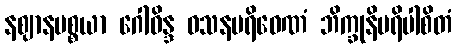
နဈာနပစ္စယာ ဂေါဝိန္ဒ ဝသနပရိဝေဏံ ဘိက္ခုနိပရိပါစိတံ